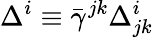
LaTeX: \Delta^{i}\equiv\bar{\gamma}^{jk}\Delta_{jk}^{i}